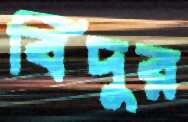
বিদুর